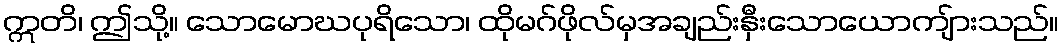
ဣတိ၊ ဤသို့။ သောမောဃပုရိသော၊ ထိုမဂ်ဖိုလ်မှအချည်းနှီးသောယောကျ်ားသည်။